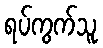
ရပ်ကွက်သူ